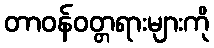
တာဝန်ဝတ္တရားများကို